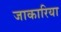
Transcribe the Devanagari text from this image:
जाकारिया